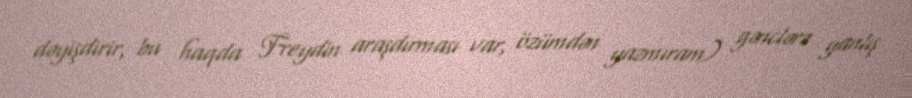
dəyişdirir, bu haqda Freydin araşdırması var, özümdən yazmıram) gənclərə yanlış